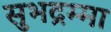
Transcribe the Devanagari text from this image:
सुभद्रम्मा